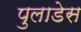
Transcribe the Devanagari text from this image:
पुलाडेस